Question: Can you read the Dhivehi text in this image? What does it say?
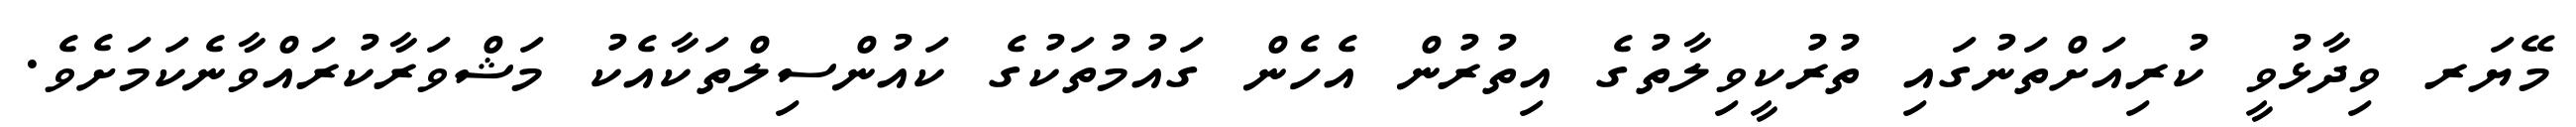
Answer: މޭޔަރ ވިދާޅުވީ ކުރިއަށްތަނުގައި ތުރުކީވިލާތުގެ އިތުރުން އެހެން ގައުމުތަކުގެ ކައުންސިލްތަކާއެކު މަޝްވަރާކުރައްވާނެކަމަށެވެ.